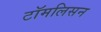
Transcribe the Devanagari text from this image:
टॉमलिसन